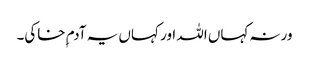
ورنہ کہاں اللہ اور کہاں یہ آدم ِخاکی۔